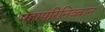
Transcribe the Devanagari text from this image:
महापरिनिव्बान